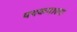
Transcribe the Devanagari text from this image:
पदकवाला